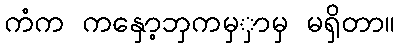
ကံက ကနှော့ဘှကမှှာမှ မရှိတာ။